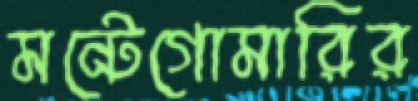
মন্টেগোমারির